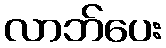
လာဘ်ပေး